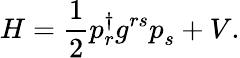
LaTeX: H={\frac{1}{2}}p_{r}^{\dagger}g^{rs}p_{s}^{}+V.